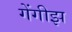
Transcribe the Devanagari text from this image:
गेंगीझ